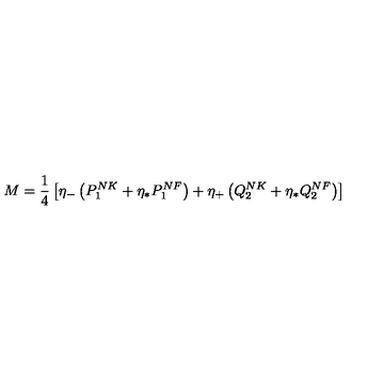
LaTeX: M = { \frac { 1 } { 4 } } \left[ \eta _ { - } \left( P _ { 1 } ^ { N K } + \eta _ { * } P _ { 1 } ^ { N F } \right) + \eta _ { + } \left( Q _ { 2 } ^ { N K } + \eta _ { * } Q _ { 2 } ^ { N F } \right) \right]